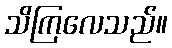
သိကြလေသည်။